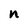
Character: n